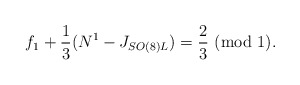
\begin{align*}f_1 +{1\over 3}(N^1 - J_{SO(8)L}) = {2\over 3} ~(\mbox{mod~1}).\end{align*}